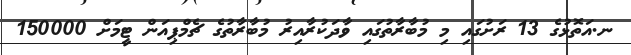
ނ.އަތޮޅުގެ 13 ރަށުގައި މި މުބާރާތުގައި ވާދަކުރާއިރު މުބާރާތުގެ ޗެމްޕިއަން ޓީމަށް 150000